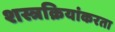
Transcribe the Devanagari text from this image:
शस्त्रक्रियांकरता